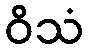
ဝိသံ